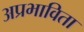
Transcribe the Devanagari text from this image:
अप्रभाविता